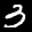
Label: 3